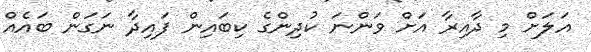
އަލަށް މި ދާއިރާ އަށް ވަންނަ ކުދިންގެ ކިބައިން ފައިދާ ނަގަން ބައެއް